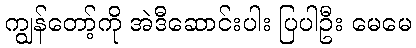
ကျွန်တော့်ကို အဲဒီဆောင်းပါး ပြပါဦး မေမေ